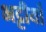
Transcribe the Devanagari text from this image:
भट्टीयाँ